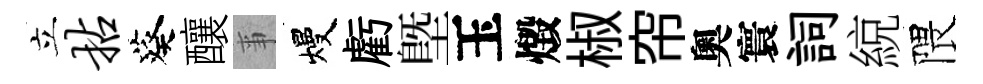
立拈葵釀亊熳虧塈玉燬椒帘奧寰詞綂隈